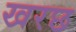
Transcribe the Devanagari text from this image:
खरछ